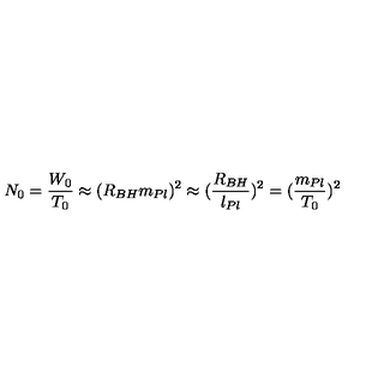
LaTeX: N _ { 0 } = \frac { W _ { 0 } } { T _ { 0 } } \approx ( R _ { B H } m _ { P l } ) ^ { 2 } \approx ( \frac { R _ { B H } } { l _ { P l } } ) ^ { 2 } = ( \frac { m _ { P l } } { T _ { 0 } } ) ^ { 2 }